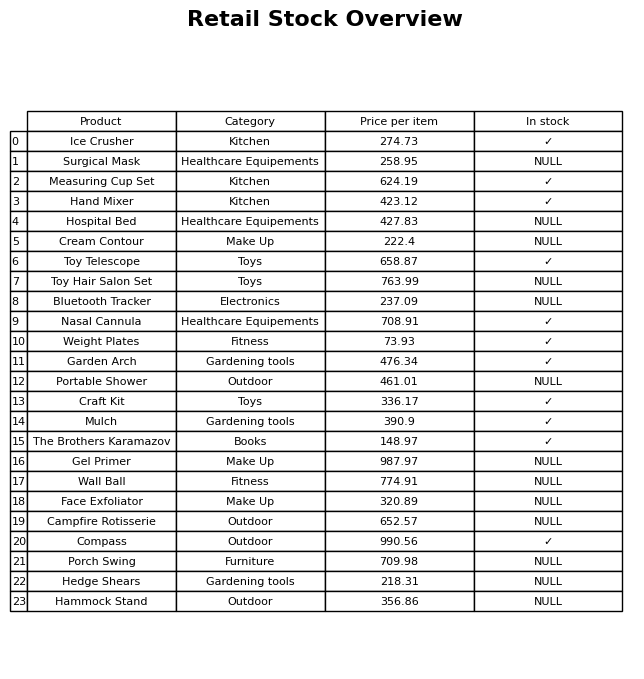
question: What is the stock status of the Craft Kit?
answer: ✓